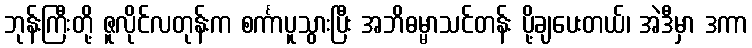
ဘုန်းကြီးတို့ ဇူလိုင်လတုန်းက စင်္ကာပူသွားပြီး အဘိဓမ္မာသင်တန်း ပို့ချပေးတယ်၊ အဲဒီမှာ ဒကာ